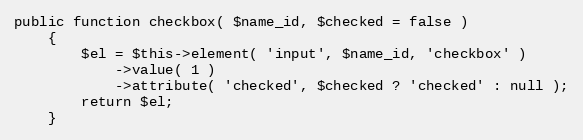
Language: PHP
public function checkbox( $name_id, $checked = false )
    {
        $el = $this->element( 'input', $name_id, 'checkbox' )
            ->value( 1 )
            ->attribute( 'checked', $checked ? 'checked' : null );
        return $el;
    }